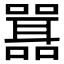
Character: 𭋾